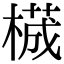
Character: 𬃾